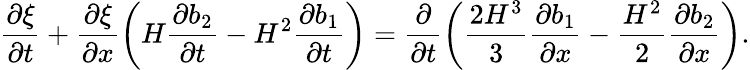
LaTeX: \frac{\partial\xi}{\partial t}+\frac{\partial\xi}{\partial x}\bigg(H\frac{\partial b_{2}}{\partial t}-H^{2}\frac{\partial b_{1}}{\partial t}\bigg)=\frac{\partial}{\partial t}\bigg(\frac{2H^{3}}{3}\frac{\partial b_{1}}{\partial x}-\frac{H^{2}}{2}\frac{\partial b_{2}}{\partial x}\bigg).